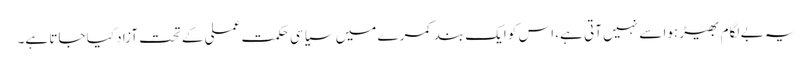
یہ بے لگام بھیڑ ہوا سے نہیں آتی ہے، اس کو ایک بند کمرے میں سیاسی حکمت عملی کے تحت آزاد کیا جاتا ہے۔